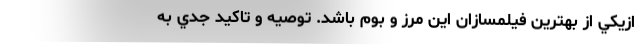
ازيکي از بهترين فيلمسازان اين مرز و بوم باشد. توصيه و تاکيد جدي به